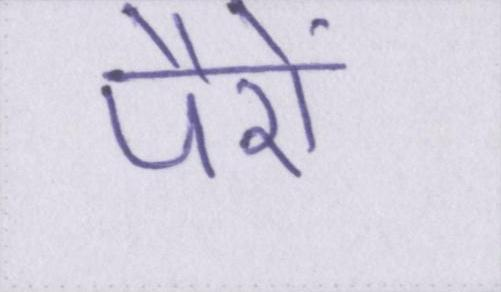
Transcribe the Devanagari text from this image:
पैरों